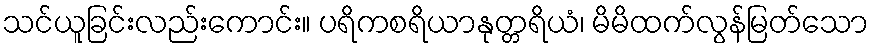
သင်ယူခြင်းလည်းကောင်း။ ပရိကစရိယာနုတ္တရိယံ၊ မိမိထက်လွန်မြတ်သော